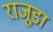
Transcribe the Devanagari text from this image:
राजूडा